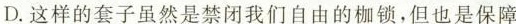
D.这样的套子虽然是禁闭我们自由的枷锁，但也是保障